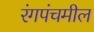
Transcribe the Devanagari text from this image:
रंगपंचमील